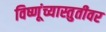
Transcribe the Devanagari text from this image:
विष्णूंच्यास्तुतीवर